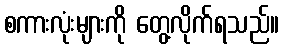
စကားလုံးများကို တွေ့လိုက်ရသည်။